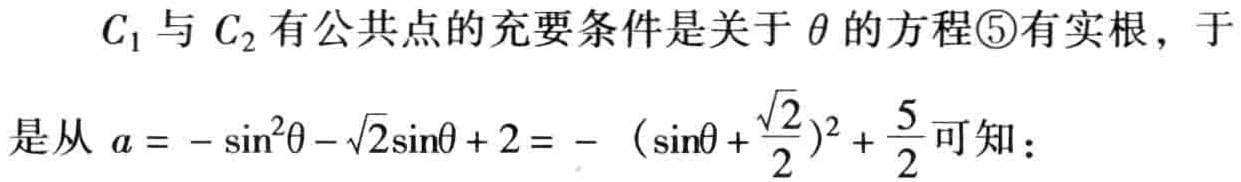
$C_{1}$与$C_{2}$有公共点的充要条件是关于$\theta$的方程\textcircled{5}有实根，于是从$a = -\sin^{2}\theta - \sqrt{2}\sin\theta + 2 = - (\sin\theta + \frac{\sqrt{2}}{2})^{2} + \frac{5}{2}$可知：